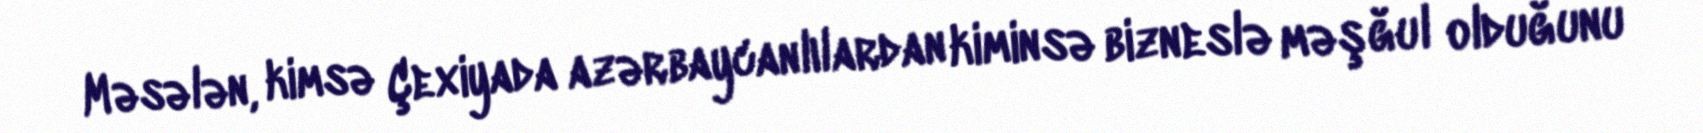
Məsələn, kimsə Çexiyada azərbaycanlılardan kiminsə bizneslə məşğul olduğunu